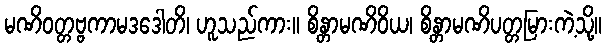
မဏိဝတ္တဗ္ဗကာမဒဒေါတိ၊ ဟူသည်ကား။ စိန္တာမဏိဝိယ၊ စိန္တာမဏိပတ္တမြားကဲ့သို့။